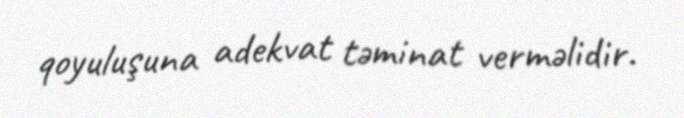
qoyuluşuna adekvat təminat verməlidir.